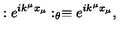
: e ^ { i k ^ { \mu } x _ { \mu } } : _ { \theta } \equiv e ^ { i k ^ { \mu } x _ { \mu } } ,